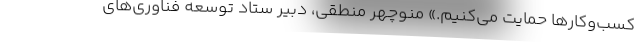
کسب‌و‌کارها حمایت می‌کنیم.» منوچهر منطقی، دبیر ستاد توسعه فناوری‌های